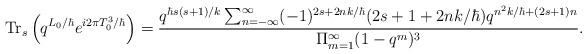
\begin{align*}\mbox{Tr}_s \left(q^{L_0/\hbar}e^{i2\pi T_0^3/\hbar}\right) = \frac{ q^{\hbar s(s+1)/k} \sum_{n=-\infty}^\infty (-1)^{2s+2 n k/\hbar} (2s+1 + 2 n k/\hbar) q^{{n^2 k/\hbar }+ (2s+1)n}}{\Pi_{m=1}^\infty (1-q^m)^3} .\end{align*}